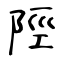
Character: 陘